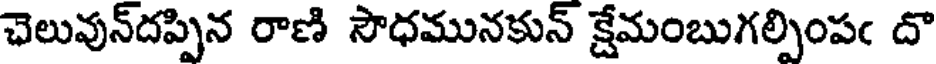
చెలువున్దప్పిన రాణి సౌధమునకున్ క్షేమంబుగల్పింపఁ దొ